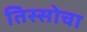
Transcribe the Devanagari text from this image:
तिस्सोचा